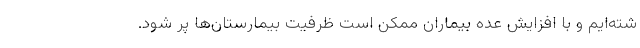
شته‌ایم و با افزایش عده بیماران ممکن است ظرفیت بیمارستان‌ها پر شود.